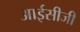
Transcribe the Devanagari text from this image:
आईसीजी